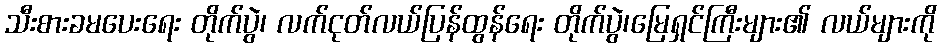
သီးစားခမပေးရေး တိုက်ပွဲ၊ လက်ငုတ်လယ်ပြန်ထွန်ရေး တိုက်ပွဲ၊မြေရှင်ကြီးများ၏ လယ်များကို